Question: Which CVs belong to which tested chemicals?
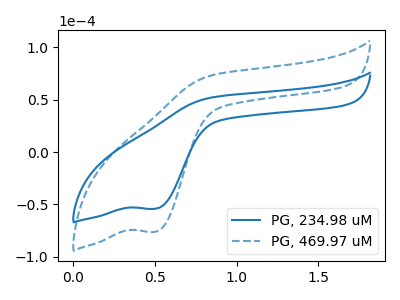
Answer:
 <answer>The blue curve is labeled "PG, 234.98 uM". The blue dashed curve is labeled "PG, 469.97 uM".</answer>
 <eval></eval>